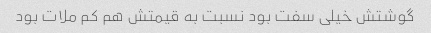
گوشتش خیلی سفت بود نسبت به قیمتش هم کم ملات بود